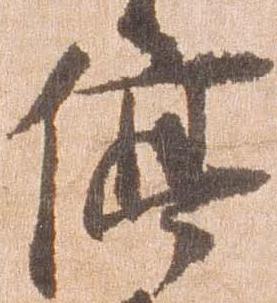
停